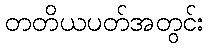
တတိယပတ်အတွင်း